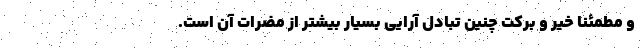
و مطمئنا خیر و برکت چنین تبادل آرایی بسیار بیشتر از مضرات آن است.